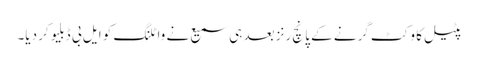
پٹیل کا وکٹ گرنے کے پانچ رنز بعد ہی سمیع نے واٹلنگ کو ایل بی ڈبلیو کر دیا۔